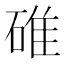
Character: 碓